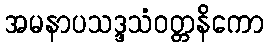
အမနာပသဒ္ဒသံဝတ္တနိကော